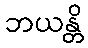
ဘယန္တိ